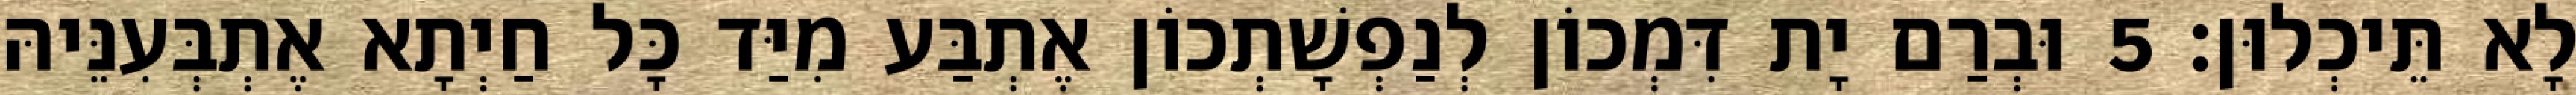
לָא תֵּיכְלוּן׃ 5 וּבְרַם יָת דִּמְכוֹן לְנַפְשָׁתְכוֹן אֶתְבַּע מִיַּד כָּל חַיְתָא אֶתְבְּעִנֵּיהּ